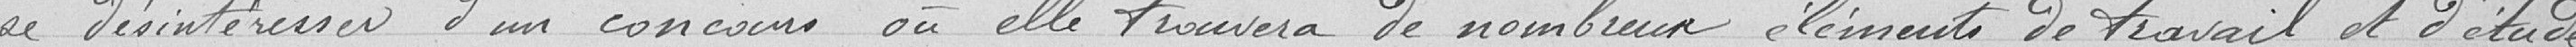
se désintéresser d'un concours où elle trouvera de nombreux éléments de travail et d'étude